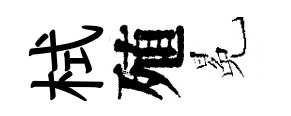
栻殖冕